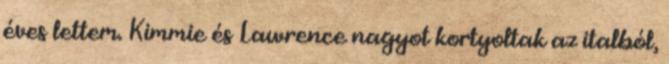
éves lettem. Kimmie és Lawrence nagyot kortyoltak az italból,